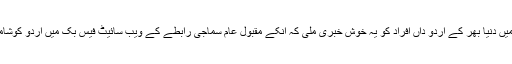
ڈسمبر 2013 میں دنیا بھر کے اردو داں افراد کو یہ خوش خبری ملی کہ انکے مقبول عام سماجی رابطے کے ویب سائیٹ فیس بک میں اردو کوشامل کردیا گیاہے۔